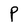
Character: P